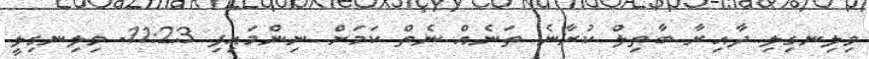
ވިލިނގިލި ދާއިރާ ބާތިލް ކުރާނެ ތަނެއް ނެތް ކަމަށް ނިންމައިފި 11:23- ވިލިނގިލީ